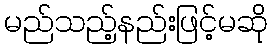
မည်သည့်နည်းဖြင့်မဆို